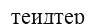
теидтер